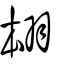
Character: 翉